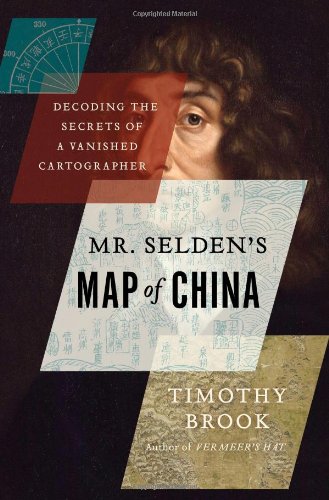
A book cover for Mr. Selden's Map of China: Decoding the Secrets of a Vanished Cartographer; Timothy Brook; Science & Math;